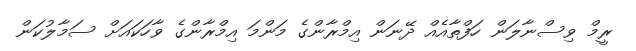
ރީމް ވިސްނާލަން ހަފްތާއެއް ދޭނަން އިމްރާންގެ މަންމަ އިމްރާންގެ ވާހަކައަށް ސަމާލުކަން